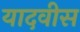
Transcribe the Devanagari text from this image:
यादवीस